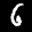
Label: 6